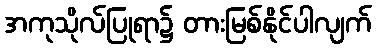
အကုသိုလ်ပြုရာ၌ တားမြစ်နိုင်ပါလျက်